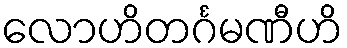
လောဟိတင်္ဂမဏီဟိ